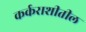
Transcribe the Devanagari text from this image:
कर्कराशीतील